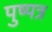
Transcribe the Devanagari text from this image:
पुष्पत्र